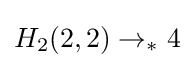
H_{2}(2,2)\rightarrow _{*}4